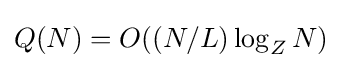
Q(N)=O((N/L)\log _{Z}N)